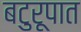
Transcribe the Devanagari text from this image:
बटुरूपात